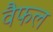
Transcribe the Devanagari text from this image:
वैफल